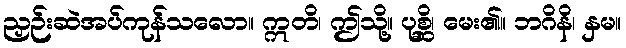
ညှဉ်းဆဲအပ်ကုန်သလော။ ဣတိ၊ ဤသို့။ ပုစ္ဆိ၊ မေး၏။ ဘဂိနိ၊ နှမ။